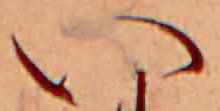
い